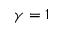
\gamma = 1